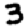
Digit: 3